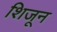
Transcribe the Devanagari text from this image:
शिजून